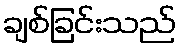
ချစ်ခြင်းသည်